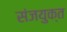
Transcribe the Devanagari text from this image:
संजयुक्त